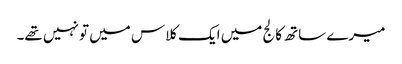
میرے ساتھ کالج میں ایک کلاس میں تو نہیں تھے۔